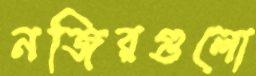
নজিরগুলো